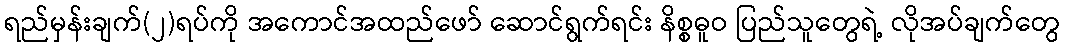
ရည်မှန်းချက်(၂)ရပ်ကို အကောင်အထည်ဖော် ဆောင်ရွက်ရင်း နိစ္စဓူဝ ပြည်သူတွေရဲ့ လိုအပ်ချက်တွေ